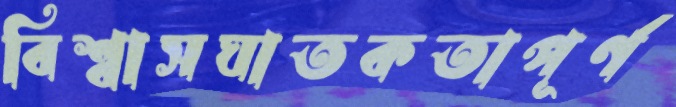
বিশ্বাসঘাতকতাপূর্ণ